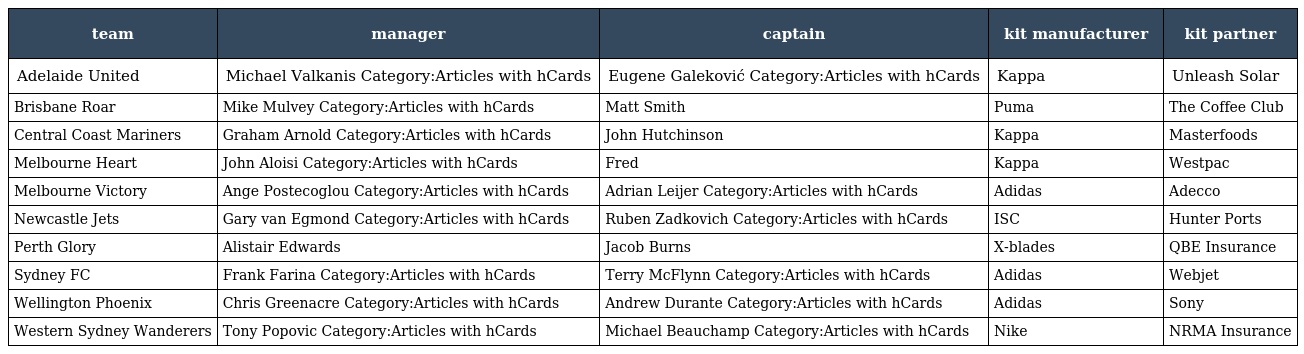
| team | manager | captain | kit manufacturer | kit partner |
 | --- | --- | --- | --- | --- |
 | Adelaide United | Michael Valkanis Category:Articles with hCards | Eugene Galeković Category:Articles with hCards | Kappa | Unleash Solar |
 | Brisbane Roar | Mike Mulvey Category:Articles with hCards | Matt Smith | Puma | The Coffee Club |
 | Central Coast Mariners | Graham Arnold Category:Articles with hCards | John Hutchinson | Kappa | Masterfoods |
 | Melbourne Heart | John Aloisi Category:Articles with hCards | Fred | Kappa | Westpac |
 | Melbourne Victory | Ange Postecoglou Category:Articles with hCards | Adrian Leijer Category:Articles with hCards | Adidas | Adecco |
 | Newcastle Jets | Gary van Egmond Category:Articles with hCards | Ruben Zadkovich Category:Articles with hCards | ISC | Hunter Ports |
 | Perth Glory | Alistair Edwards | Jacob Burns | X-blades | QBE Insurance |
 | Sydney FC | Frank Farina Category:Articles with hCards | Terry McFlynn Category:Articles with hCards | Adidas | Webjet |
 | Wellington Phoenix | Chris Greenacre Category:Articles with hCards | Andrew Durante Category:Articles with hCards | Adidas | Sony |
 | Western Sydney Wanderers | Tony Popovic Category:Articles with hCards | Michael Beauchamp Category:Articles with hCards | Nike | NRMA Insurance |